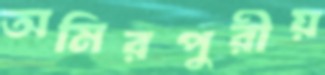
অমিরপুরীয়